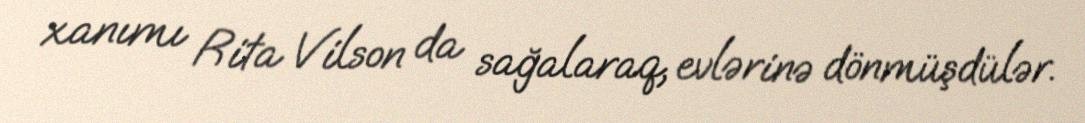
xanımı Rita Vilson da sağalaraq, evlərinə dönmüşdülər.